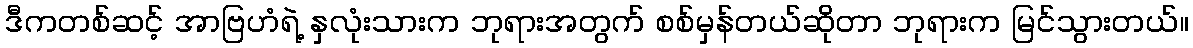
ဒီကတစ်ဆင့် အာဗြဟံရဲ့ နှလုံးသားက ဘုရားအတွက် စစ်မှန်တယ်ဆိုတာ ဘုရားက မြင်သွားတယ်။